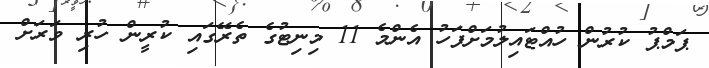
ޕަމްޕު ކުރުން ހުއްޓައިލުމަށްފަހު އެންމެ 11 މިނިޓުގެ ތެރޭގައި ކުރީން ހުރި ވަރަށް